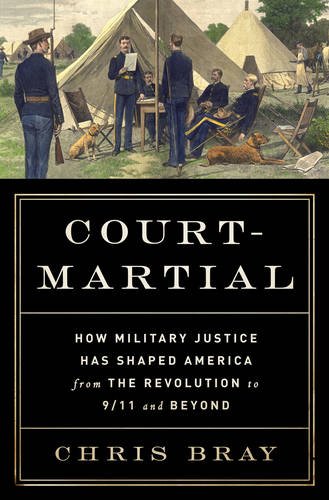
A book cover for Court-Martial: How Military Justice Has Shaped America from the Revolution to 9/11 and Beyond; Chris Bray; Law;